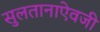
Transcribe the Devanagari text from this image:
सुलतानाऐवजी